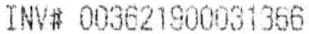
INV# 003621900031366